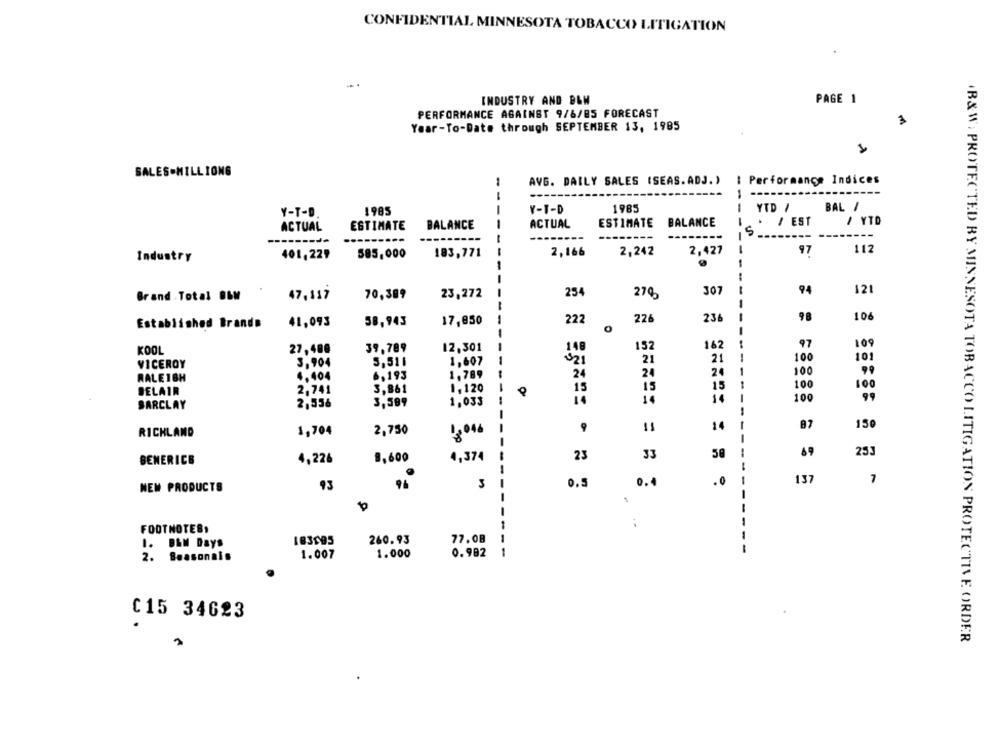
CONFIDENTIAL MINNESOTA TOBACCO LITIGATION
INDUSTRY AND B&N
PAGE 1
PERFORMANCE AGAINST 9/6/85 FORECAST
Year-To-Date through SEPTEMBER 13, 1985
3
SALES-MILLIONG
AVG. DAILY SALES (SEAS.ADJ. )
: Performance Indices
-
1985
Y-T-D
1985
YTD /
BAL /
Y-T-D
ESTIMATE
BALANCE
ACTUAL
ESTIMATE BALANCE
/ EST
/ YTD
ACTUAL
S
---
-----
-------
---------
585,000
183,771
--
2,166
2,242
2,427
97
112
Industry
401,229
254
307
-
94
121
Brand . Total BEM
47,117
70,389
23,272
270
1
98
106
41,093
58,943
17,850
22
226
236
Established Brands
162
--
97
109
KOOL
27,488
39,789
12,301
148
152
1,607
21
21
100
101
VICEROY
3.904
5,511
4,404
6,193
1.789
24
24
24
-
100
99
RALE18H
BELAIR
2,741
3,861
1,120
O
15
15
15
100
100
14
-
99
BARCLAY
2,556
3,599
1,033
-
100
9
14
87
150
RICHLAND
1,704
2,750
1,046
4,374
23
33
50
69
253
BENERICE
4,226
9,600
.0
137
NEW PRODUCTS
93
3
0.5
.. 4
-
FOOTNOTES,
183995
260.93
77.08
1. BEM Days
1.007
1.000
0.982
---
2. Beasonais
C15 34623
+B&W; PROTECTED BY MINNESOTA TOBACCO LITIGATION PROTECTIVE ORDER